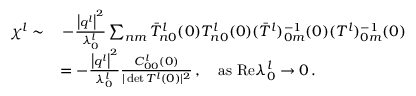
\begin{array} { r l } { \chi ^ { l } \sim } & { \, - \frac { \big \vert \boldsymbol { q } ^ { l } \big \vert ^ { 2 } } { \lambda _ { 0 } ^ { l } } \sum _ { n m } { \bar { T } _ { n 0 } ^ { l } ( 0 ) T _ { n 0 } ^ { l } ( 0 ) ( \bar { T } ^ { l } ) _ { 0 m } ^ { - 1 } ( 0 ) ( T ^ { l } ) _ { 0 m } ^ { - 1 } ( 0 ) } } \\ & { = - \frac { \big \vert \boldsymbol { q } ^ { l } \big \vert ^ { 2 } } { \lambda _ { 0 } ^ { l } } \frac { C _ { 0 0 } ^ { l } ( 0 ) } { \vert \operatorname* { d e t } T ^ { l } ( 0 ) \vert ^ { 2 } } \, , ~ ~ ~ \mathrm { a s } ~ \mathrm { R e } \lambda _ { 0 } ^ { l } \rightarrow 0 \, . } \end{array}